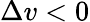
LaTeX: \Delta v<0